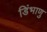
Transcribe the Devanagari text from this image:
डिंभाणु